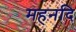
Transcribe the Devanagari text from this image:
महनदि